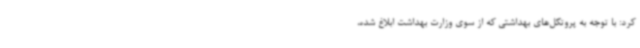
کرد: با توجه به پروتکل‌های بهداشتی که از سوی وزارت بهداشت ابلاغ شده،